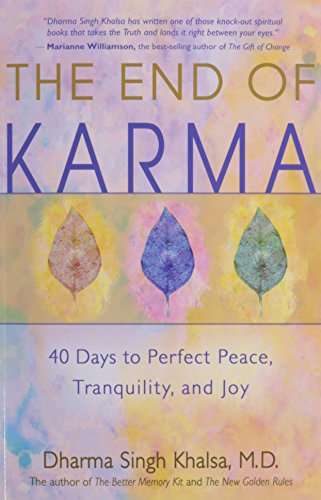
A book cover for The End of Karma; Dharma Singh Khalsa; Religion & Spirituality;